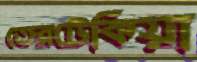
তেরটেকিয়া